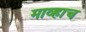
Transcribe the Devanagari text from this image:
माव्हाच